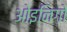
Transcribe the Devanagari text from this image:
ओइनिगो